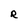
Character: R